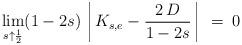
LaTeX: \begin{align*}\lim_{s\uparrow\frac{1}{2}}(1-2s)\left\arrowvert K_{s,e}-\frac{2\,D}{1-2s}\right\arrowvert\:=\:0\end{align*}